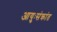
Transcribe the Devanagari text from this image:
आयुःसंक्रांत